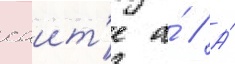
саит'е а́ // А́